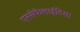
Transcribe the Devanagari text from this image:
एनसेफेलाईटिस।